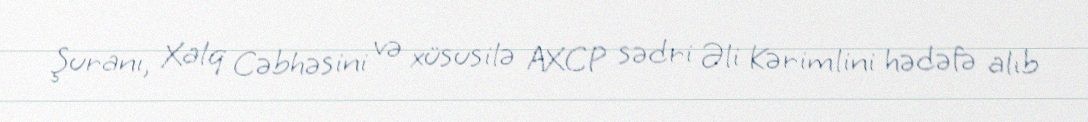
Şuranı, Xalq Cəbhəsini və xüsusilə AXCP sədri Əli Kərimlini hədəfə alıb